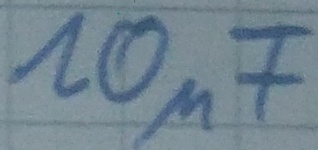
Text: 10µF